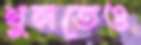
খুলতেও